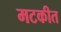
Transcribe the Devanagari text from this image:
मटकीत